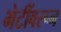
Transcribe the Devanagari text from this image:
भेटींवरून